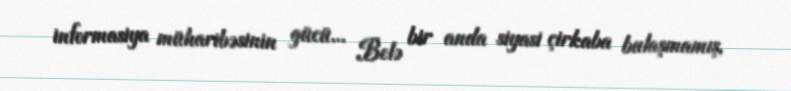
informasiya müharibəsinin gücü... Belə bir anda siyasi çirkaba bulaşmamış,